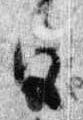
宮